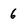
Character: 6